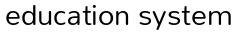
education system